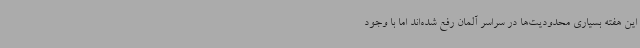
این هفته بسیاری محدودیت‌ها در سراسر آلمان رفع شده‌اند اما با وجود